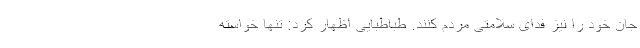
جان خود را نیز فدای سلامتی مردم کنند. طباطبایی اظهار کرد: تنها خواسته